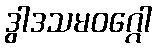
ဒွါဒသမဝဂ္ဂေါ